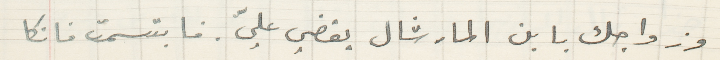
وزواجك بابن المارشال يقضي عليّ. فابتسمت فانكا